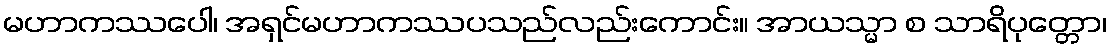
မဟာကဿပေါ၊ အရှင်မဟာကဿပသည်လည်းကောင်း။ အာယသ္မာ စ သာရိပုတ္တော၊